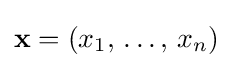
\mathbf {x} =(x_{1},\,\dots ,\,x_{n})